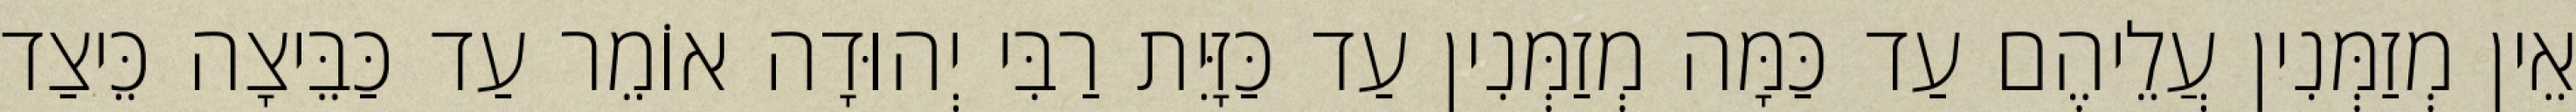
אֵין מְזַמְּנִין עֲלֵיהֶם עַד כַּמָּה מְזַמְּנִין עַד כַּזָּיִת רַבִּי יְהוּדָה אוֹמֵר עַד כַּבֵּיצָה כֵּיצַד